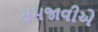
સમજાવીએ